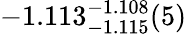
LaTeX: -1.113_{-1.115}^{-1.108}(5)